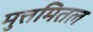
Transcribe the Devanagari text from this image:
मुत्तमितल